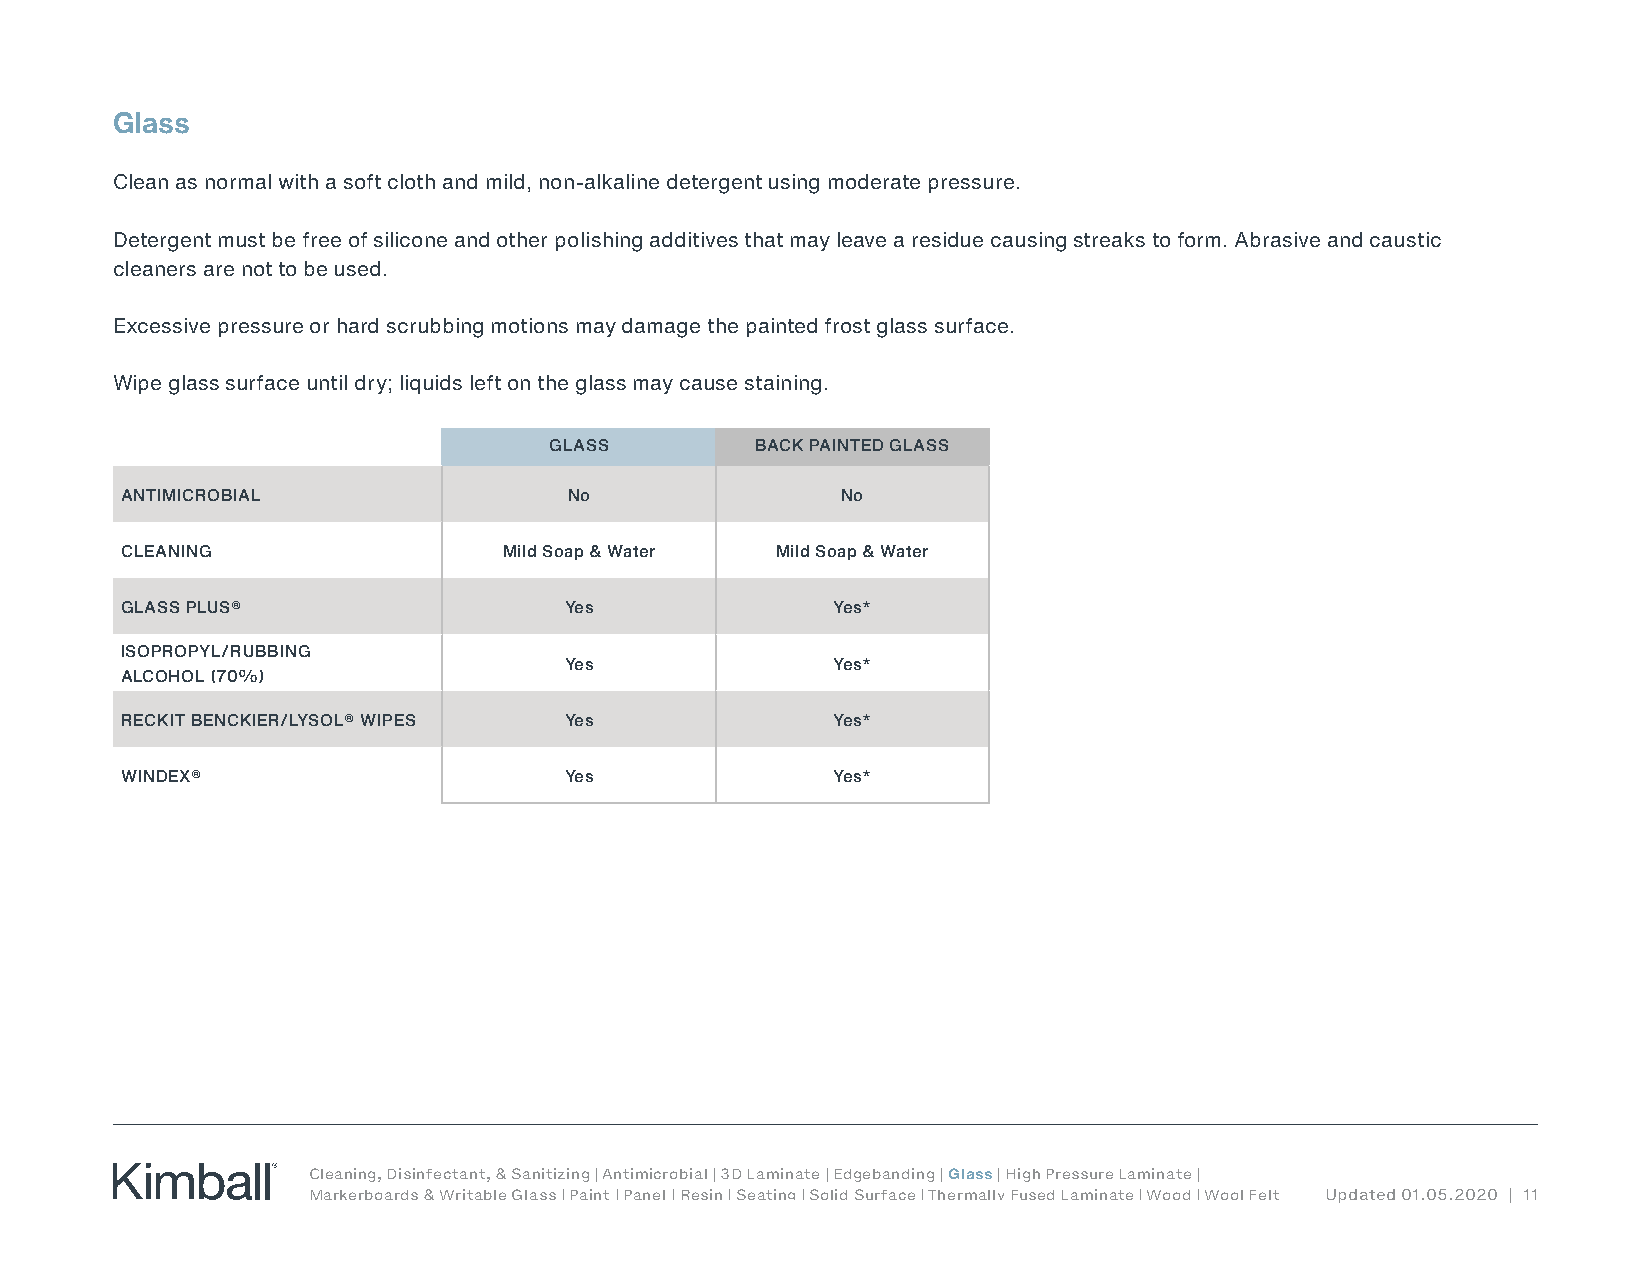
Glass
 Clean as normal with a soft cloth and mild, non-alkaline detergent using moderate pressure.
 Detergent must be free of silicone and other polishing additives that may leave a residue causing streaks to form. Abrasive and caustic
 cleaners are not to be used.
 Excessive pressure or hard scrubbing motions may damage the painted frost glass surface.
 Wipe glass surface until dry; liquids left on the glass may cause staining.
 GLASS         BACK PAINTED GLASS
 ANTIMICROBIAL                 No                No
 CLEANING                 Mild Soap & Water Mild Soap & Water
 GLASS PLUS®                  Yes               Yes*
 ISOPROPYL/RUBBING
 Yes               Yes*
 ALCOHOL (70%)
 RECKIT BENCKIER/LYSOL® WIPES Yes               Yes*
 WINDEX®                      Yes               Yes*
 Cleaning, Disinfectant, & Sanitizing | Antimicrobial | 3D Laminate | Edgebanding | Glass | High Pressure Laminate |
 Markerboards & Writable Glass | Paint | Panel | Resin | Seating | Solid Surface | Thermally Fused Laminate | Wood | Wool Felt Updated 01.05.2020 | 11